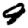
Digit: 9